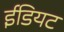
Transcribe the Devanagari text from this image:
ईडियट